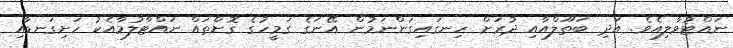
ނައްޓުވާލިއެވެ. އަދި ބަތޫލްއާއި ދުރަށް ހިނގައިގަންނަމުން އޭނަގެ ގަމީހުގެ ގޮށްތައް ނައްޓާލުމާއެކު ހަށިގަނޑާއި